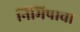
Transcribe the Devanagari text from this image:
निमिषाचा